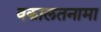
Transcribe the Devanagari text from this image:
वकालतनामा